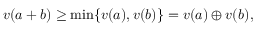
v ( a + b ) \geq \operatorname* { m i n } \{ v ( a ) , v ( b ) \} = v ( a ) \oplus v ( b ) ,